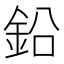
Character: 鉛